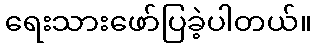
ရေးသားဖော်ပြခဲ့ပါတယ်။